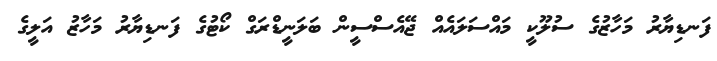
ފަނޑިޔާރު މަހާޒުގެ ސުލޫކީ މައްސަލައެއް ޖޭއެސްސީން ބަލަނީޑްރަގް ކޯޓުގެ ފަނޑިޔާރު މަހާޒު އަލީގެ